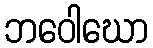
ဘဝေါဃော